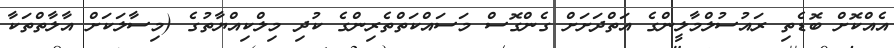
އެއްކޮށް ބޮޑެތި ރައުސުލްމާލީންގެ އަތްދަށަށް ގެންގޮސް މަސައްކަތްތެރިންގެ ކުދި މިލްކިއްޔާތުގެ (މިސާލަކަށް އާލާތްތަކާ